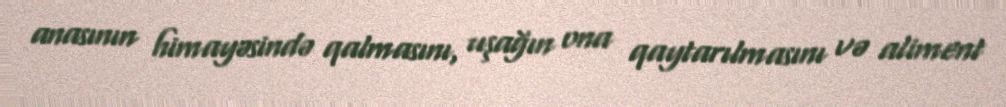
anasının himayəsində qalmasını, uşağın ona qaytarılmasını və aliment